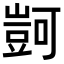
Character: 𧯶